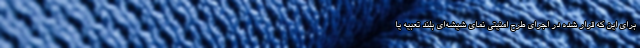
برای این که قرار شده در اجرای طرح امنیتی نمای شیشه‌ای بلند تعبیه یا